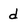
Character: d